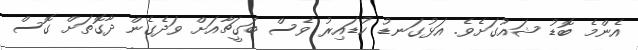
އެންމެ ބޮޑު ޝައުގަށެވެ. އަޅުގަނޑު ކުޑައިރު ވެސް ބަގީޗާއަށް ވަދެގެން ދާގޮތަށް ގޮސް